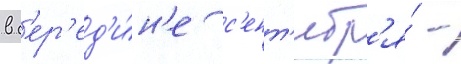
в с'ер'ед'и́н'е с'ент'ябр'я́ -